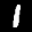
Label: 1